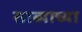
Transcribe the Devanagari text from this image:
साब्याच्या